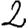
Digit: 2